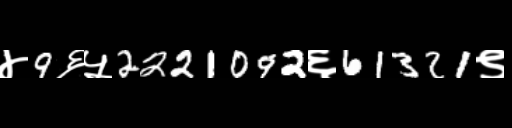
Text: ४9६५2221092६61321९